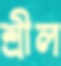
শ্রীল